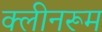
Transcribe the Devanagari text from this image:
क्लीनरूम